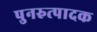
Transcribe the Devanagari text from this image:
पुनरुत्‍पादक